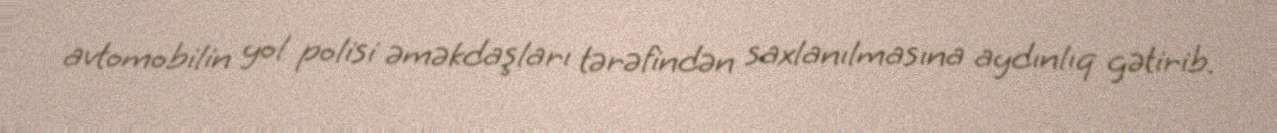
avtomobilin yol polisi əməkdaşları tərəfindən saxlanılmasına aydınlıq gətirib.